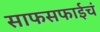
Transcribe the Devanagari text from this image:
साफसफाईचं